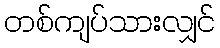
တစ်ကျပ်သားလျှင်